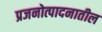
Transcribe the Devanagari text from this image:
प्रजनोत्पादनातील